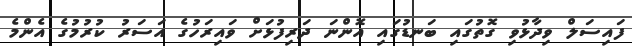
ފައިސަލް ވިދާޅުވި ގޮތުގައި ބަނޑުގައި އޮންނަ ދަރިފުޅަށް ވައިރަހުގެ އަސަރު ކުރުމުގެ އެންމެ